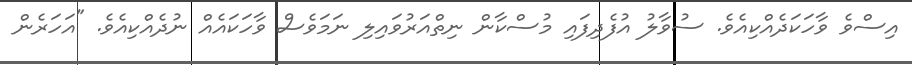
އިސްވެ ވާހަކަދެއްކިއެވެ. ސުވާލު އުފެދިފައި މުސްކާން ނިތްއަރުވައިލި ނަމަވެސް ވާހަކައެއް ނުދެއްކިއެވެ. "އަހަރެން